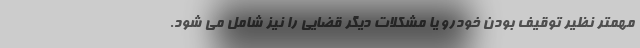
مهمتر نظیر توقیف بودن خودرو یا مشکلات دیگر قضایی را نیز شامل می شود.